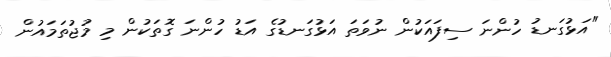
"އަޅުގަނޑު ހުންނަ ސިފައަކުން ނުވަތަ އަޅުގަނޑުގެ އަޑު ހުންނަ ގޮތަކުން މި މުޖުތަމައުން